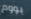
بووم